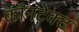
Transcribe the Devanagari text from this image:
कॉनटेक्ट